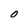
Character: O